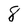
Character: 8